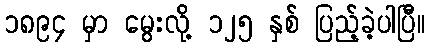
၁၈၉၄ မှာ မွေးလို့ ၁၂၅ နှစ် ပြည့်ခဲ့ပါပြီ။